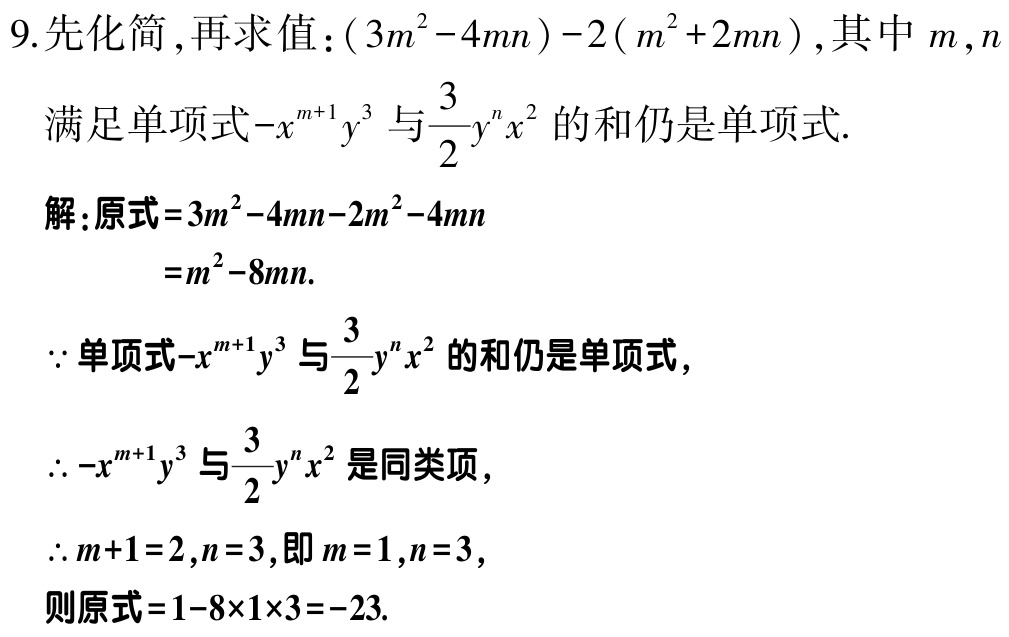
9. 先化简，再求值：\((3m^{2}-4mn)-2(m^{2}+2mn)\)，其中\(m\)，\(n\)

满足单项式\(-x^{m + 1}y^{3}\)与\(\frac{3}{2}y^{n}x^{2}\)的和仍是单项式.

解：原式\(=3m^{2}-4mn - 2m^{2}-4mn\)

\(=m^{2}-8mn\).

\(\because\)单项式\(-x^{m + 1}y^{3}\)与\(\frac{3}{2}y^{n}x^{2}\)的和仍是单项式，

\(\therefore -x^{m + 1}y^{3}\)与\(\frac{3}{2}y^{n}x^{2}\)是同类项，

\(\therefore m + 1 = 2\)，\(n = 3\)，即\(m = 1\)，\(n = 3\)，

则原式\(=1-8\times1\times3=-23\).